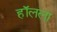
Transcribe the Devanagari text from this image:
हॉलला